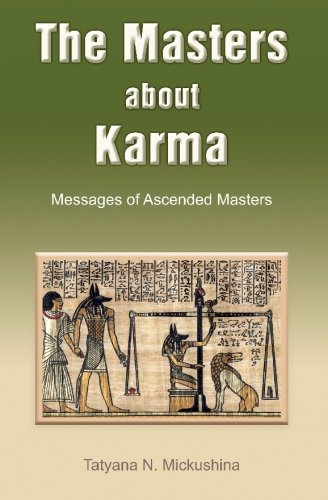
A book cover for The Masters about Karma: Messages of Ascended Masters; Tatyana N. Mickushina; Religion & Spirituality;